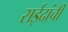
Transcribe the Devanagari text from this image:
सईदांची